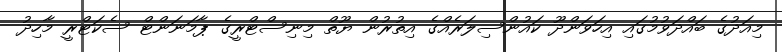
މިއަދުގެ ބައްދަވުމުގައި އިހަވަންދޫ ކައުންސިލަރެއްގެ އިތުރުން ޔޫތް މިނިސްޓްރީގެ ޕާމަނަންޓް ސެކަޓްރީ މާހިދު